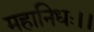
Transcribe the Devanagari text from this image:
महानिधः।।